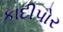
કાદીપોર